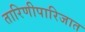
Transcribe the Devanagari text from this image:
तारिणीपारिजात